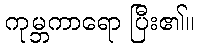
ကုမ္ဘကာရော ပြီး၏။